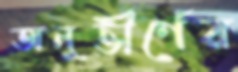
অনুত্তীর্ণের